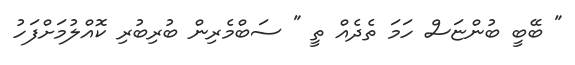
" ބޭބީ ބުންޏަސް ހަމަ ތެދެއް ތީ " ސަބްމެރިން ބުރިބުރި ކޮއްލުމަށްފަހު